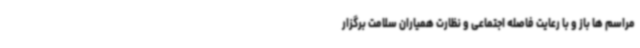
مراسم ها باز و با رعایت فاصله اجتماعی و نظارت همیاران سلامت برگزار